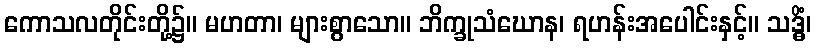
ကောသလတိုင်းတို့၌။ မဟတာ၊ များစွာသော။ ဘိက္ခုသံဃောန၊ ရဟန်းအပေါင်းနှင့်။ သဒ္ဓိံ၊